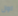
اول